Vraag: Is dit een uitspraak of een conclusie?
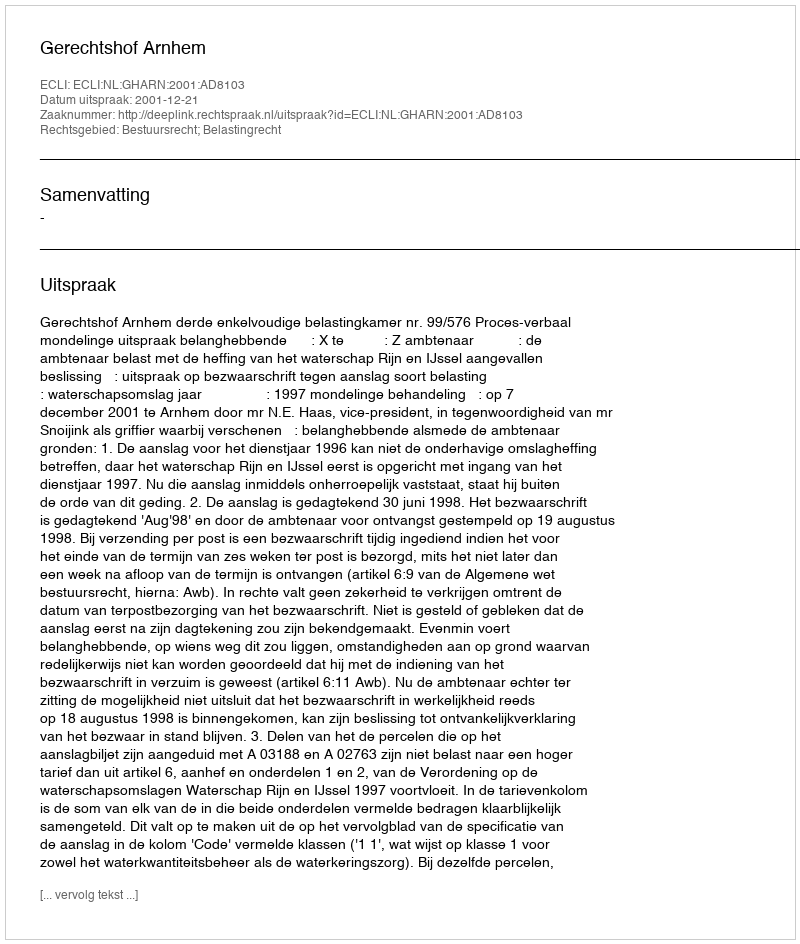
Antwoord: Uitspraak